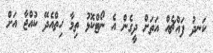
ކަނދު ފައްޗެއް އަތަށް ދީގެން އެ ނޯޓްކޮޅު ތިމާ ހިތްއެދޭ ކުއްޖާ އަށް